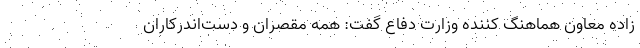
زاده معاون هماهنگ کننده وزارت دفاع گفت: همه مقصران و دست‌اندرکاران